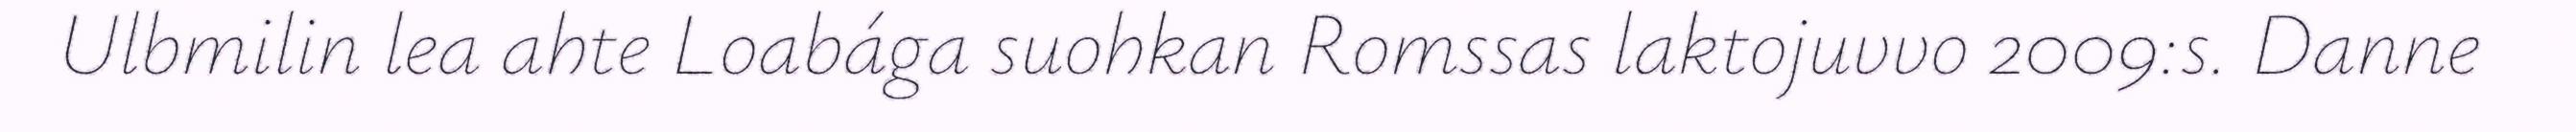
Ulbmilin lea ahte Loabága suohkan Romssas laktojuvvo 2009:s. Danne